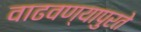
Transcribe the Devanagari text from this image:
वाढवण्यापुरते